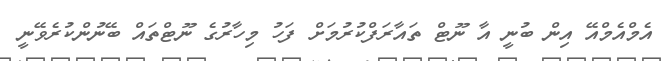
އެމްއެމްއޭ އިން ބުނީ އާ ނޫޓް ތައާރަފްކުރުމަށް ފަހު މިހާރުގެ ނޫޓްތައް ބޭނުންކުރެވޭނީ